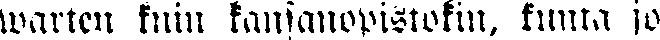
warten kuin kansanopistokin, kunta jo